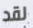
لقد